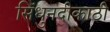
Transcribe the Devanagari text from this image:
सिंधुनदीकाठी